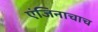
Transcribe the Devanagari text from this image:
एंजिनाचाच